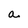
Character: a